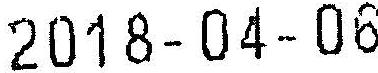
2018-04-06